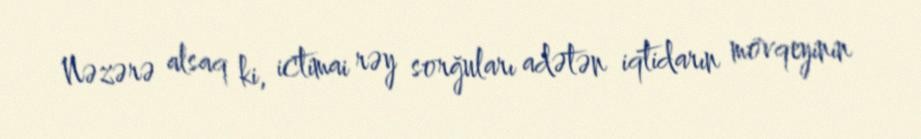
Nəzərə alsaq ki, ictimai rəy sorğuları adətən iqtidarın mövqeyinin